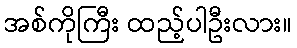
အစ်ကိုကြီး ထည့်ပါဦးလား။